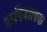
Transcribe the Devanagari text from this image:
ऋषिबालक